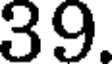
39.